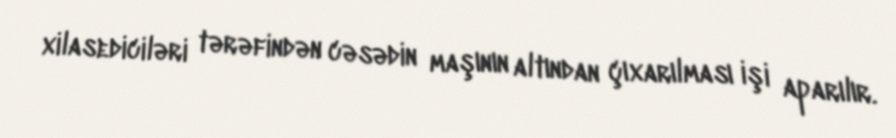
xilasediciləri tərəfindən cəsədin maşının altından çıxarılması işi aparılır.